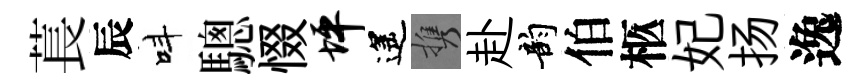
萇辰呌驄惙坪遙携赴韵伯柩妃扬逸